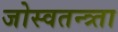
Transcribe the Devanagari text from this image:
जोस्वतन्त्र्ता